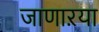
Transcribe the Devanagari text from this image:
जाणाऱया